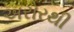
અરોરથી